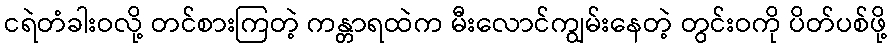
ငရဲတံခါးဝလို့ တင်စားကြတဲ့ ကန္တာရထဲက မီးလောင်ကျွမ်းနေတဲ့ တွင်းဝကို ပိတ်ပစ်ဖို့